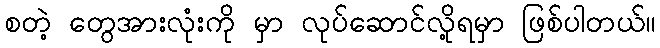
စတဲ့ တွေအားလုံးကို မှာ လုပ်ဆောင်လို့ရမှာ ဖြစ်ပါတယ်။